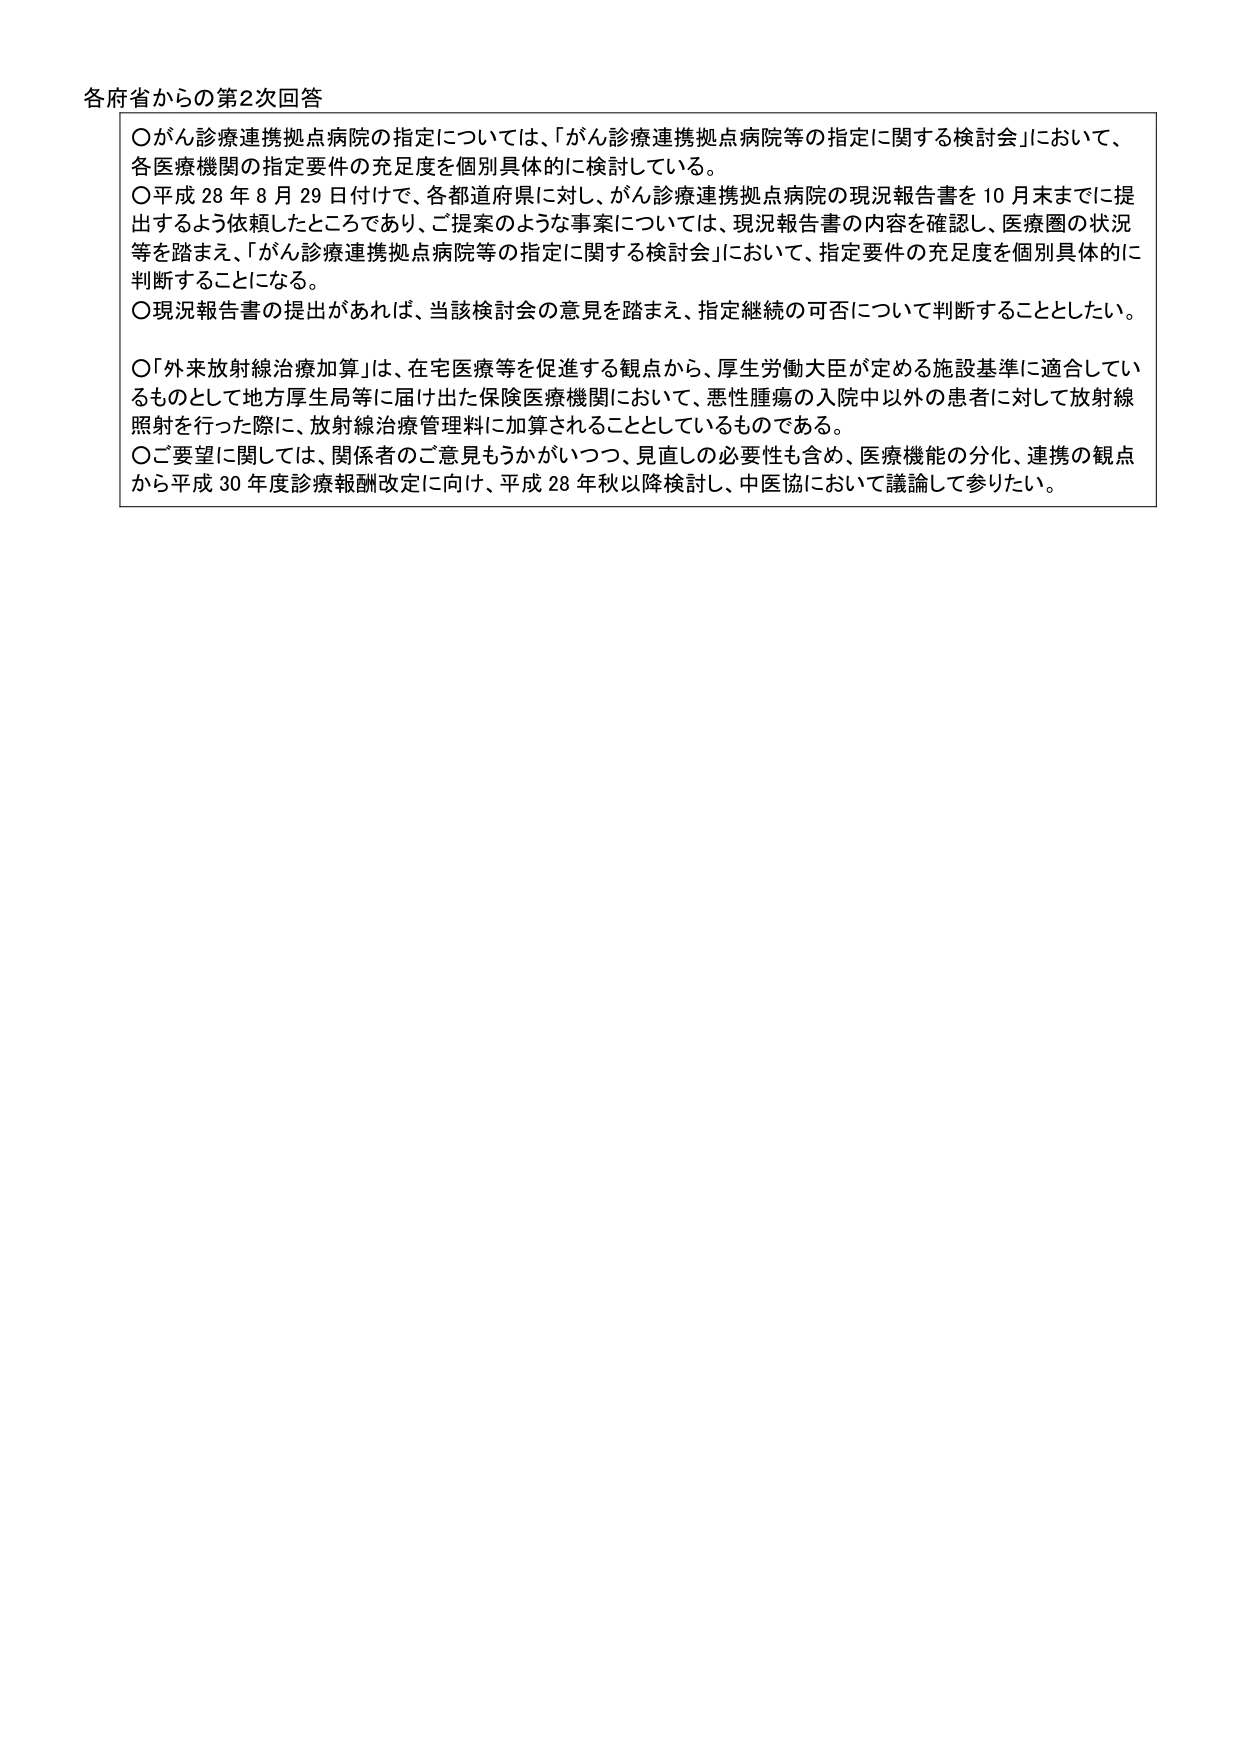
各府省からの第2次回答

〇がん診療連携拠点病院の指定については、「がん診療連携拠点病院等の指定に関する検討会」において、各医療機関の指定要件の充足度を個別具体的に検討している。

〇平成28年8月29日付けで、各都道府県に対し、がん診療連携拠点病院の現況報告書を10月末までに提出するよう依頼したところであり、ご提案のような事案については、現況報告書の内容を確認し、医療圏の状況等を踏まえ、「がん診療連携拠点病院等の指定に関する検討会」において、指定要件の充足度を個別具体的に判断することになる。

〇現況報告書の提出があれば、当該検討会の意見を踏まえ、指定継続の可否について判断することとしたい。

〇「外来放射線治療加算」は、在宅医療等を促進する観点から、厚生労働大臣が定める施設基準に適合しているものとして地方厚生局等に届け出た保険医療機関において、悪性腫瘍の入院中以外の患者に対して放射線照射を行った際に、放射線治療管理料に加算されることとしているものである。

〇ご要望に関しては、関係者のご意見もうかがいつつ、見直しの必要性も含め、医療機能の分化、連携の観点から平成30年度診療報酬改定に向け、平成28年秋以降検討し、中医協において議論して参りたい。